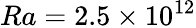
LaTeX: Ra=2.5\times 10^{12}